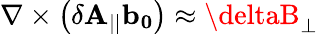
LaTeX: \nabla\times\left(\delta\mathbf{A}_{||}\mathbf{{b_{0}}}\right)\approx\mathbf{{\deltaB_{\perp}}}